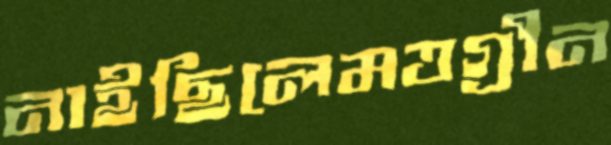
নাইছিলেমত্তগ্রীন